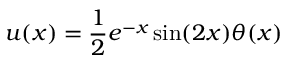
u ( x ) = { \frac { 1 } { 2 } } e ^ { - x } \sin ( 2 x ) \theta ( x )